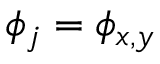
\phi _ { j } = \phi _ { x , y }